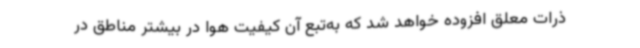
ذرات معلق افزوده خواهد شد که به‌تبع آن کیفیت هوا در بیشتر مناطق در